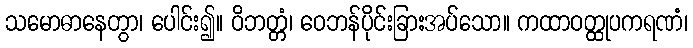
သမောဓာနေတွာ၊ ပေါင်း၍။ ဝိဘတ္တံ၊ ဝေဘန်ပိုင်းခြားအပ်သော။ ကထာဝတ္ထုပကရဏံ၊